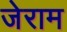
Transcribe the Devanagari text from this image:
जेराम